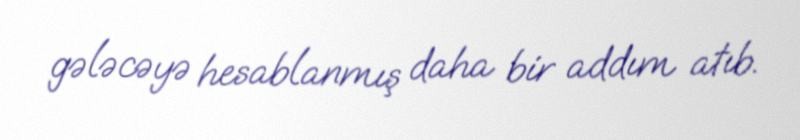
gələcəyə hesablanmış daha bir addım atıb.